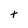
Character: t